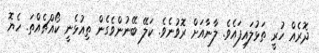
ދޮރެއް ހުރީ ތަޅުލައިފައެވެ. ލާނާއަށް ރޮވުނެވެ. ކަލޭ ބޭނުންވެގެން ތިއުޅެނީ ކޯއްޗެއްތަ. ހެޔޮ